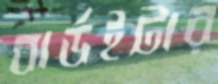
বার্ডইটার